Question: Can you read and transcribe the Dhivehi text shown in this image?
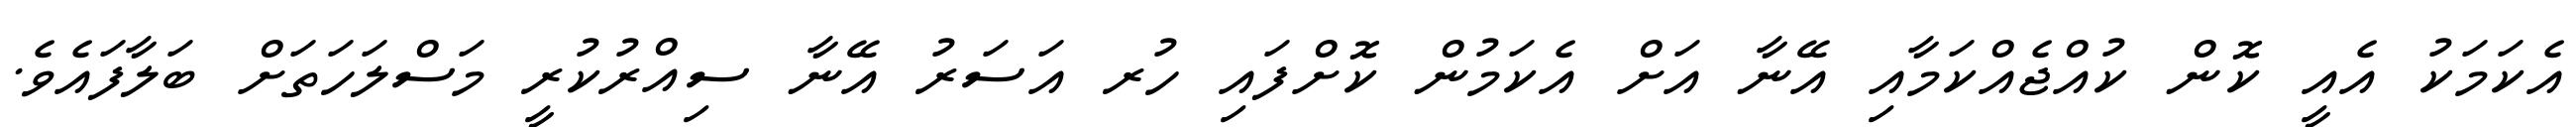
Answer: އެކަމަކު އެއީ ކޮން ކުއްޖެއްކަމާއި އޭނާ އަށް އެކަމުން ކޮށްފައި ހުރ އަސަރު އޭނާ ސިއްރުކުރީ މަސްލަހަތަށް ބަލާފައެވެ.